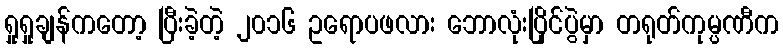
ရှုရှုချန်ကတော့ ပြီးခဲ့တဲ့ ၂၀၁၆ ဥရောပဖလား ဘောလုံးပြိုင်ပွဲမှာ တရုတ်ကုမ္ပဏီက